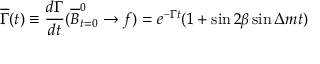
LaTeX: \overline { { { \Gamma } } } ( t ) \equiv \frac { d \Gamma } { d t } ( \overline { { { B } } } _ { t = 0 } ^ { 0 } \to f ) = e ^ { - \Gamma t } ( 1 + \sin 2 \beta \sin \Delta m t )